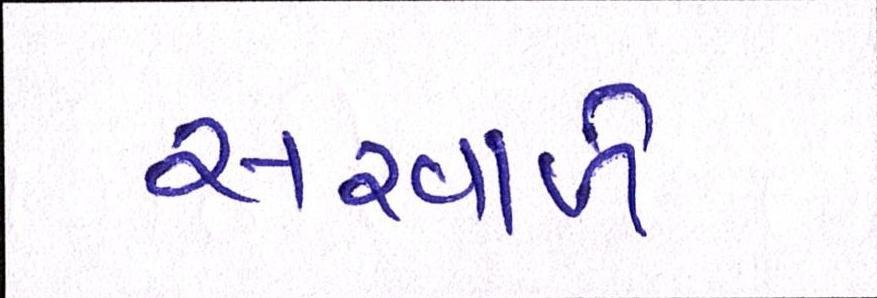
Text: સરવાળે